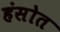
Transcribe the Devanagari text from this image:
हंसोत